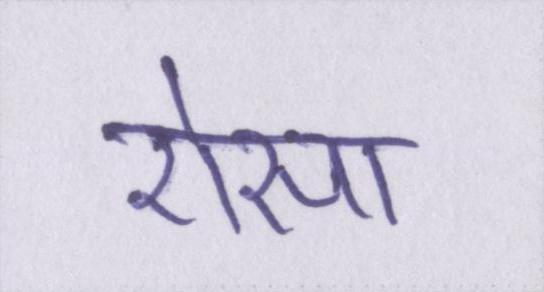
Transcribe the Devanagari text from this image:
ऐसा